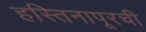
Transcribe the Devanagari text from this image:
हस्तिनापूरची